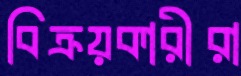
বিক্রয়কারীরা